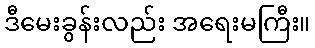
ဒီမေးခွန်းလည်း အရေးမကြီး။